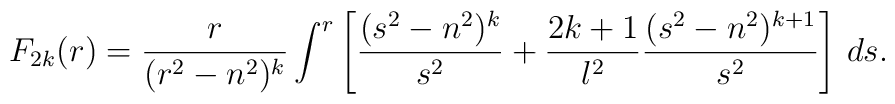
F_{2k}(r) = {r \over (r^2-n^2)^k} \int^r \left[{(s^2-n^2)^k \over s^2}+{2k+1    \over l^2}{(s^2-n^2)^{k+1} \over s^2}\right] \,ds.